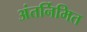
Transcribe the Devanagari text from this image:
अंतर्निमित